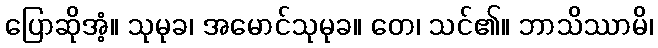
ပြောဆိုအံ့။ သုမုခ၊ အမောင်သုမုခ။ တေ၊ သင်၏။ ဘာသိဿာမိ၊